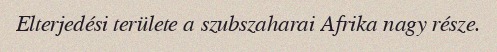
Elterjedési területe a szubszaharai Afrika nagy része.